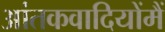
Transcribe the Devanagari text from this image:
आंतकवादियोंमैं